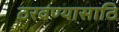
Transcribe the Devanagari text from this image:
ठरवण्यासाठि